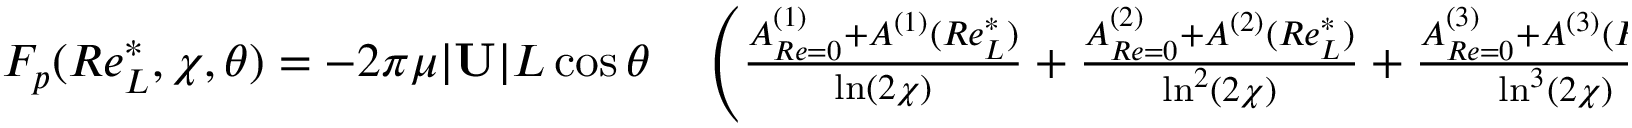
\begin{array} { r l } { F _ { p } ( R e _ { L } ^ { * } , \chi , \theta ) = - 2 \pi \mu | \mathbf { U } | L \cos \theta } & { { } \left( \frac { A _ { R e = 0 } ^ { ( 1 ) } + A ^ { ( 1 ) } ( R e _ { L } ^ { * } ) } { \ln ( 2 \chi ) } + \frac { A _ { R e = 0 } ^ { ( 2 ) } + A ^ { ( 2 ) } ( R e _ { L } ^ { * } ) } { \ln ^ { 2 } ( 2 \chi ) } + \frac { A _ { R e = 0 } ^ { ( 3 ) } + A ^ { ( 3 ) } ( R e _ { L } ^ { * } ) } { \ln ^ { 3 } ( 2 \chi ) } \right. } \end{array}